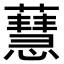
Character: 𧁜